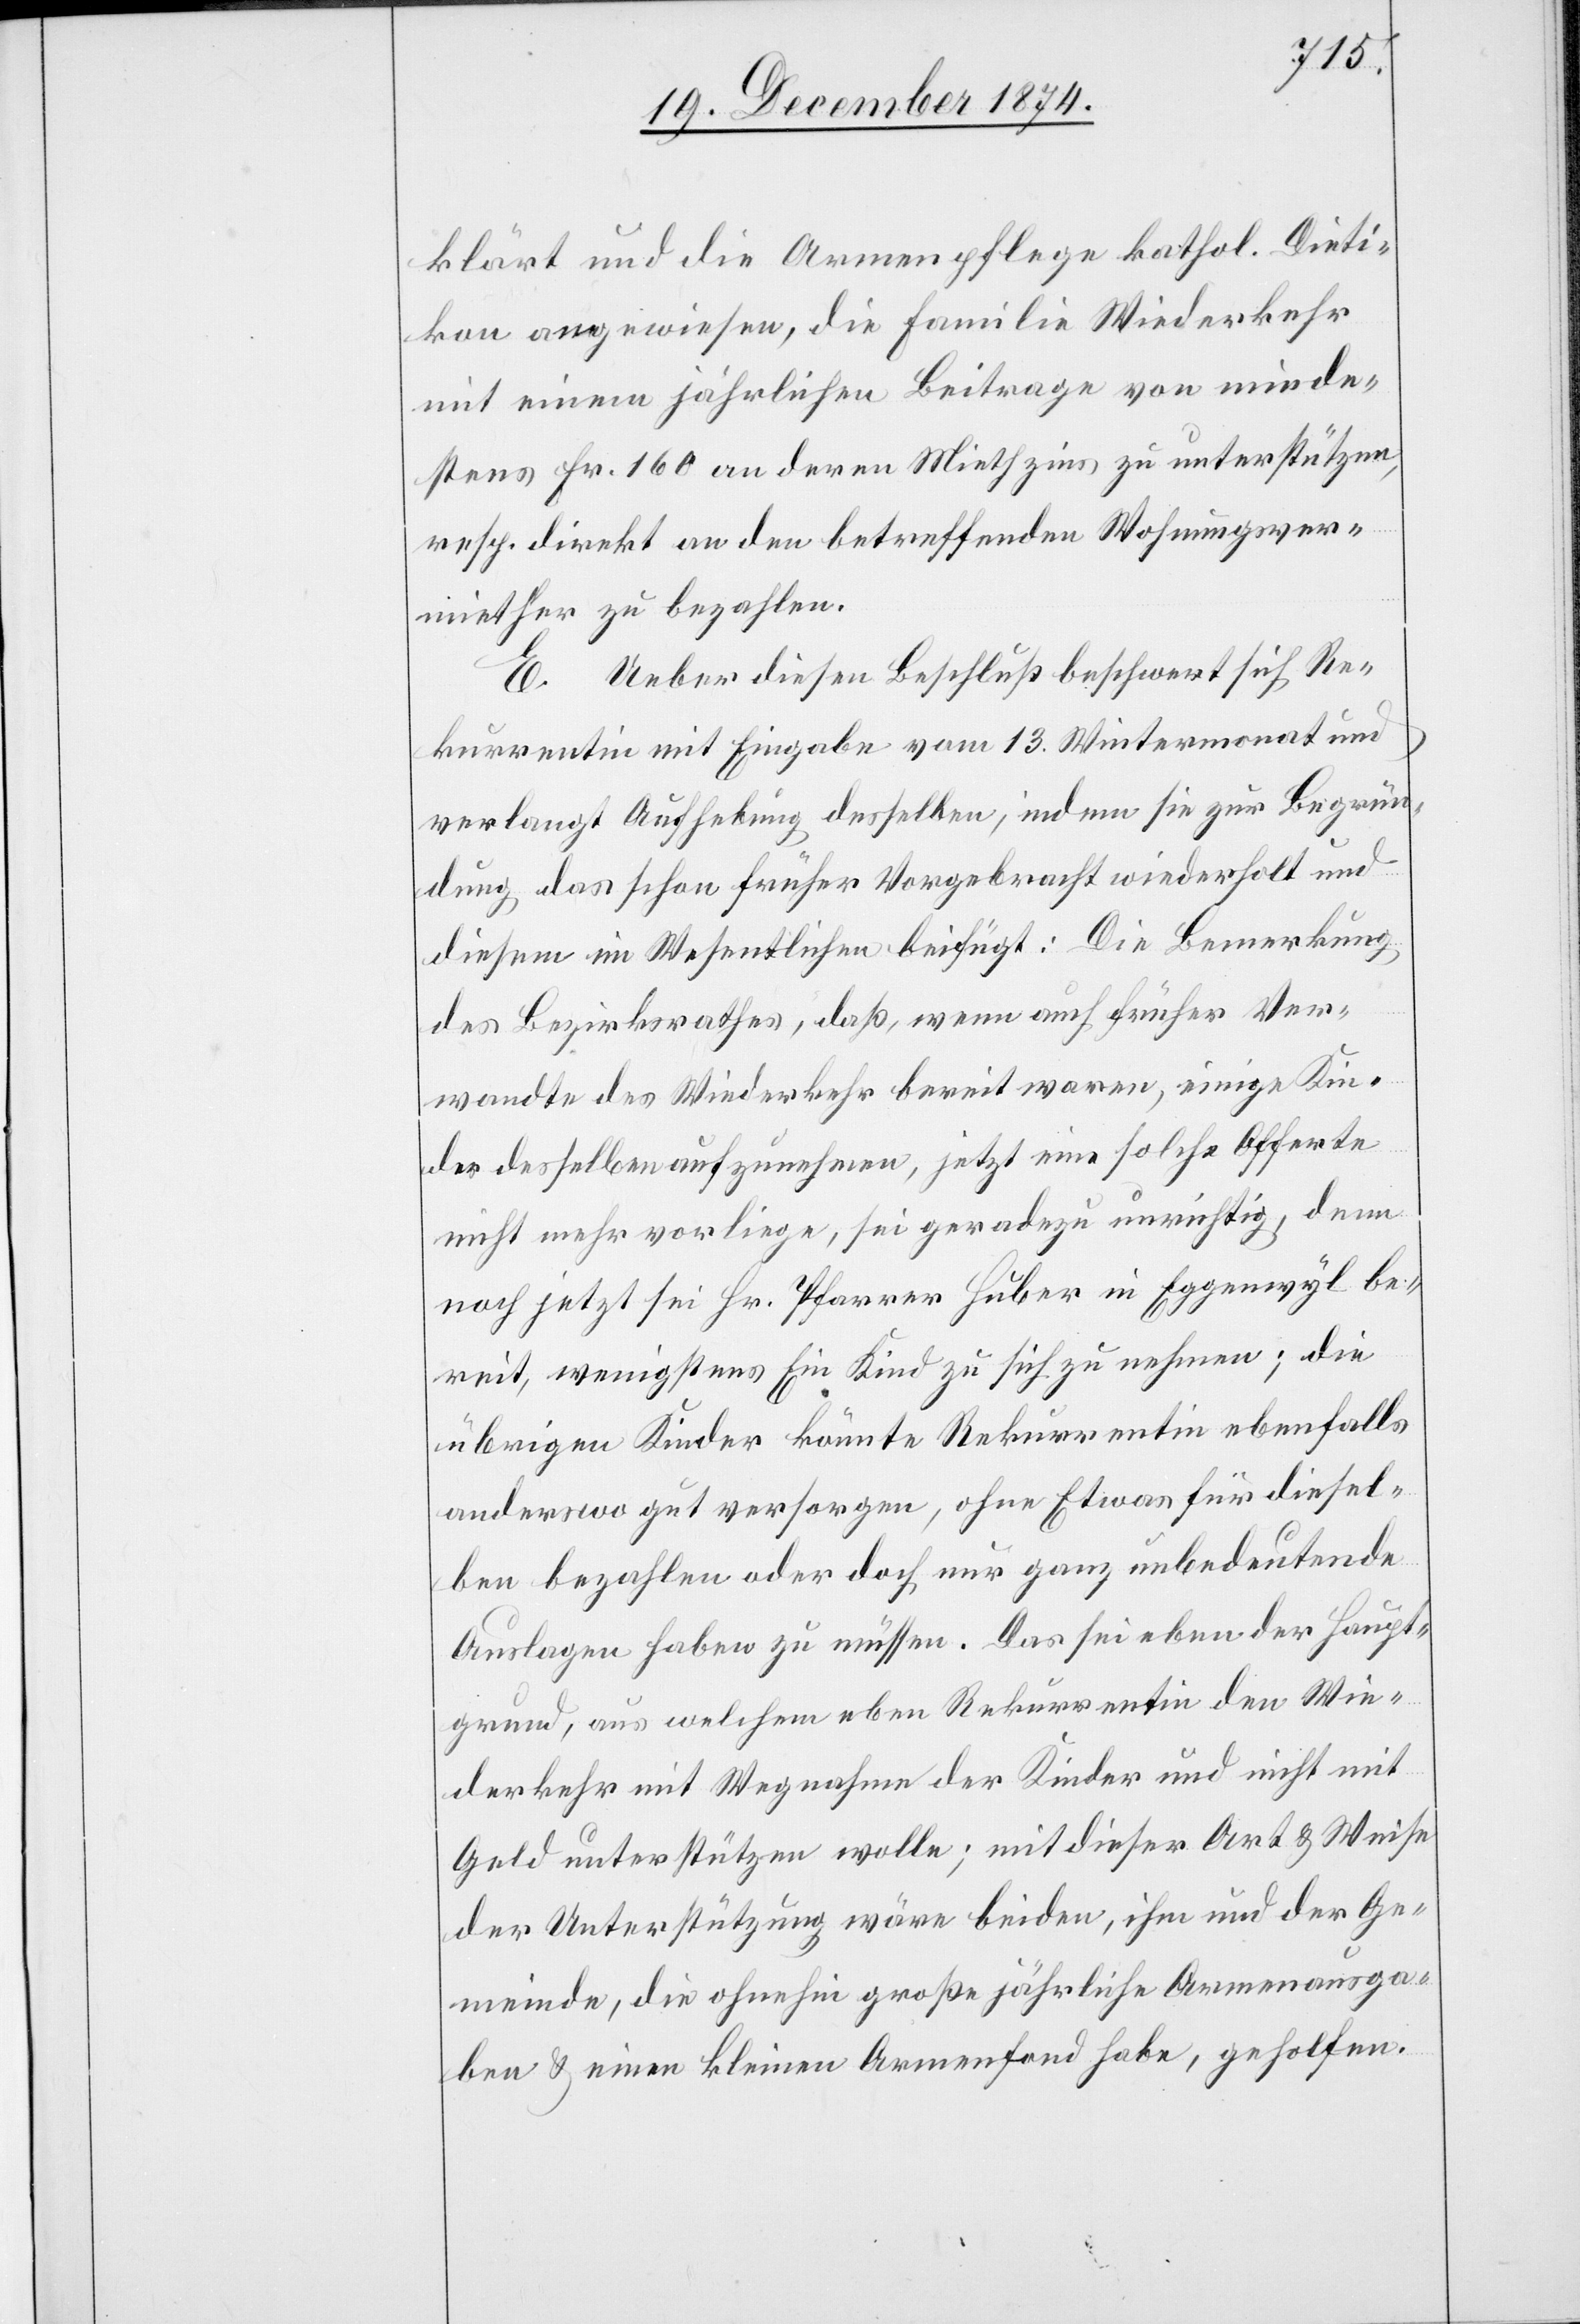
klärt und die Armenpflege kathol. Dieti¬
kon angewiesen, die Familie Wiederkehr
mit einem jährlichen Beitrage von minde¬
stens Fr. 160 an deren Miethzins zu unterstützen,
resp. direkt an den betreffenden Wohnungsver¬
miether zu bezahlen.
E. Ueber diesen Beschluß beschwert sich Re¬
kurrentin mit Eingabe vom 13. Wintermonat und
verlangt Aufhebung desselben, indem sie zur Begrün¬
dung das schon früher Vorgebracht[e] wiederholt und
diesem im Wesentlichen beifügt: Die Bemerkung
des Bezirksrathes, daß, wenn auch früher Ver¬
wandte des Wiederkehr bereit waren, einige Kin¬
der desselben aufzunehmen, jetzt eine solche Offerte
nicht mehr vorliege, sei geradezu unrichtig, denn
noch jetzt sei Hr. Pfarrer Huber in Eggenwyl be¬
reit, wenigstens Ein [sic!] Kind zu sich zu nehmen; die
übrigen Kinder könnte Rekurrentin ebenfalls
anderswo gut versorgen, ohne Etwas für diesel¬
ben bezahlen oder doch nur ganz unbedeutende
Auslagen haben zu müssen. Das sei eben der Haupt¬
grund, aus welchem eben Rekurrentin den Wie¬
derkehr mit Wegnahme der Kinder und nicht mit
Geld unterstützen wolle; mit dieser Art & Weise
der Unterstützung wäre beiden, ihm und der Ge¬
meinde, die ohnehin große jährliche Armenausga¬
ben & einen kleinen Armenfond habe, geholfen.